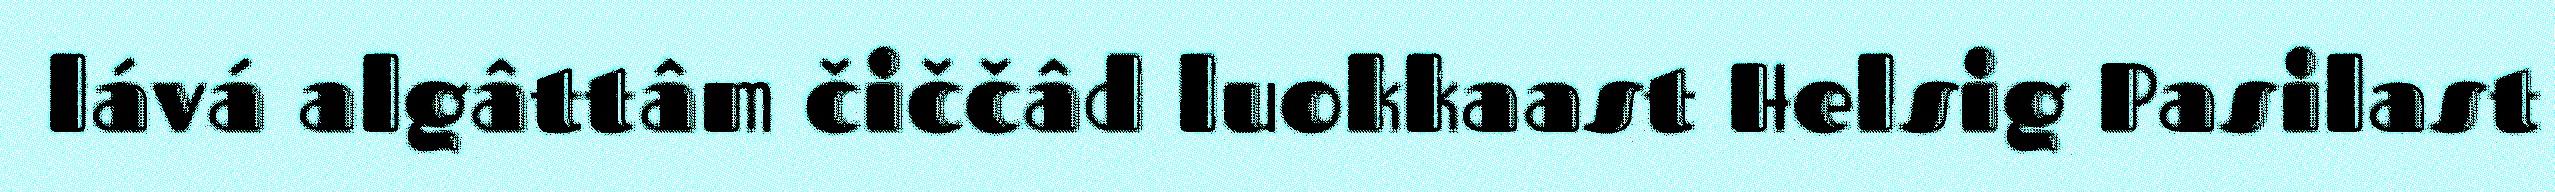
lává algâttâm čiččâd luokkaast Helsig Pasilast